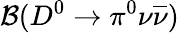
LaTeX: {\cal B}(D^{0}\to\pi^{0}\nu\overline{{\nu}})